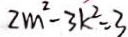
2 m ^ { 2 } - 3 k ^ { 2 } = 3